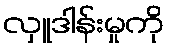
လှူဒါန်းမှုကို